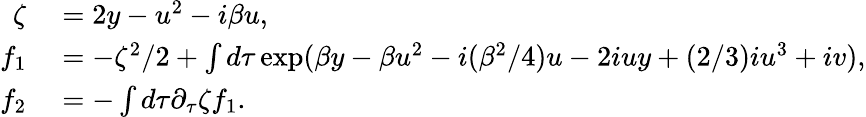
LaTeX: \begin{array}{rl}{\zeta}&{{}=2y-u^{2}-i\beta u,}\\ {f_{1}}&{{}=-\zeta^{2}/2+\int d\tau\exp(\beta y-\beta u^{2}-i({\beta^{2}}/{4})u-2iuy+({2}/{3})iu^{3}+iv),}\\ {f_{2}}&{{}=-\int d\tau\partial_{\tau}\zeta f_{1}.}\end{array}